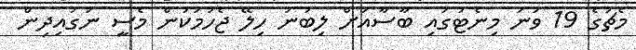
މެޗުގެ 19 ވަނަ މިނެޓުގައި ބާސާއަށް ލިބުނު ހިލޭ ޖެހުމަކުން މެސީ ނަގައިދިން